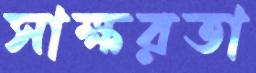
সাক্ষরতা